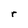
Character: r